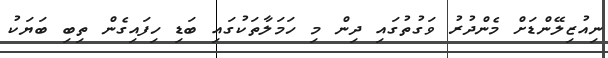
ނިއުޒިލޭންޑަށް މެންދުރު ވަގުތުގައި ދިން މި ހަމަލާތަކުގައި ބަޑި ހިފައިގެން ތިބި ބަޔަކު